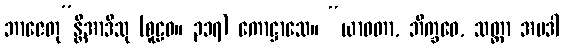
ဘာဇေတု”န္တိအာဒီသု (စူဠဝ။ ၃၁၇) ကောဋ္ဌာသေ။ “ယာဝတာ, ဘိက္ခဝေ, သတ္တာ အပဒါ